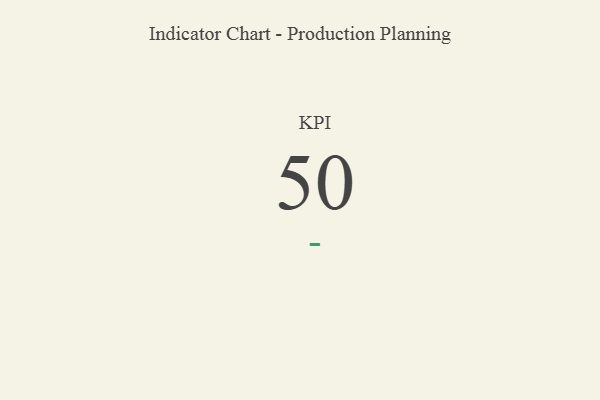
{"axis": {"x": "KPI", "y": "Value"}, "legend": [""], "data": [{"x": "KPI", "y": 50, "type": ""}]}